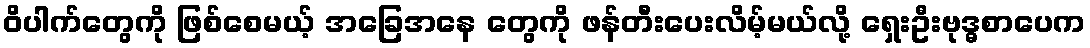
ဝိပါက်တွေကို ဖြစ်စေမယ့် အခြေအနေ တွေကို ဖန်တီးပေးလိမ့်မယ်လို့ ရှေးဦးဗုဒ္ဓစာပေက